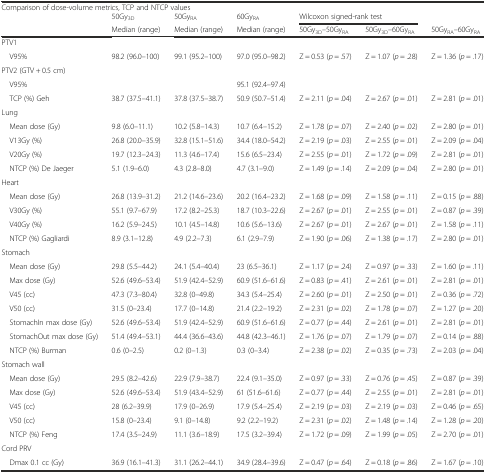
<table><thead><tr><td colspan="7"><b>Comparison of dose-volume metrics, TCP and NTCP values</b></td></tr><tr><td rowspan="2"></td><td><b>50Gy<sub>3D</sub></b></td><td><b>50Gy<sub>RA</sub></b></td><td><b>60Gy<sub>RA</sub></b></td><td colspan="2"><b>Wilcoxon signed-rank test</b></td><td></td></tr><tr><td><b>Median (range)</b></td><td><b>Median (range)</b></td><td><b>Median (range)</b></td><td><b>50Gy<sub>3D</sub>–50Gy<sub>RA</sub></b></td><td><b>50Gy<sub>3D</sub>–60Gy<sub>RA</sub></b></td><td><b>50Gy<sub>RA</sub>–60Gy<sub>RA</sub></b></td></tr></thead><tbody><tr><td>PTV1</td><td></td><td></td><td></td><td></td><td></td><td></td></tr><tr><td> V95%</td><td>98.2 (96.0–100)</td><td>99.1 (95.2–100)</td><td>97.0 (95.0–98.2)</td><td>Z = 0.53 (<i>p</i> = .57)</td><td>Z = 1.07 (<i>p</i> = .28)</td><td>Z = 1.36 (<i>p</i> = .17)</td></tr><tr><td>PTV2 (GTV + 0.5 cm)</td><td></td><td></td><td></td><td></td><td></td><td></td></tr><tr><td> V95%</td><td></td><td></td><td>95.1 (92.4–97.4)</td><td></td><td></td><td></td></tr><tr><td> TCP (%) Geh</td><td>38.7 (37.5–41.1)</td><td>37.8 (37.5–38.7)</td><td>50.9 (50.7–51.4)</td><td>Z = 2.11 (<i>p</i> = .04)</td><td>Z = 2.67 (<i>p</i> = .01)</td><td>Z = 2.81 (<i>p</i> = .01)</td></tr><tr><td>Lung</td><td></td><td></td><td></td><td></td><td></td><td></td></tr><tr><td> Mean dose (Gy)</td><td>9.8 (6.0–11.1)</td><td>10.2 (5.8–14.3)</td><td>10.7 (6.4–15.2)</td><td>Z = 1.78 (<i>p</i> = .07)</td><td>Z = 2.40 (<i>p</i> = .02)</td><td>Z = 2.80 (<i>p</i> = .01)</td></tr><tr><td> V13Gy (%)</td><td>26.8 (20.0–35.9)</td><td>32.8 (15.1–51.6)</td><td>34.4 (18.0–54.2)</td><td>Z = 2.19 (<i>p</i> = .03)</td><td>Z = 2.55 (<i>p</i> = .01)</td><td>Z = 2.09 (<i>p</i> = .04)</td></tr><tr><td> V20Gy (%)</td><td>19.7 (12.3–24.3)</td><td>11.3 (4.6–17.4)</td><td>15.6 (6.5–23.4)</td><td>Z = 2.55 (<i>p</i> = .01)</td><td>Z = 1.72 (<i>p</i> = .09)</td><td>Z = 2.81 (<i>p</i> = .01)</td></tr><tr><td> NTCP (%) De Jaeger</td><td>5.1 (1.9–6.0)</td><td>4.3 (2.8–8.0)</td><td>4.7 (3.1–9.0)</td><td>Z = 1.49 (<i>p</i> = .14)</td><td>Z = 2.09 (<i>p</i> = .04)</td><td>Z = 2.80 (<i>p</i> = .01)</td></tr><tr><td>Heart</td><td></td><td></td><td></td><td></td><td></td><td></td></tr><tr><td> Mean dose (Gy)</td><td>26.8 (13.9–31.2)</td><td>21.2 (14.6–23.6)</td><td>20.2 (16.4–23.2)</td><td>Z = 1.68 (<i>p</i> = .09)</td><td>Z = 1.58 (<i>p</i> = .11)</td><td>Z = 0.15 (<i>p</i> = .88)</td></tr><tr><td> V30Gy (%)</td><td>55.1 (9.7–67.9)</td><td>17.2 (8.2–25.3)</td><td>18.7 (10.3–22.6)</td><td>Z = 2.67 (<i>p</i> = .01)</td><td>Z = 2.55 (<i>p</i> = .01)</td><td>Z = 0.87 (<i>p</i> = .39)</td></tr><tr><td> V40Gy (%)</td><td>16.2 (5.9–24.5)</td><td>10.1 (4.5–14.8)</td><td>10.6 (5.6–13.6)</td><td>Z = 2.67 (<i>p</i> = .01)</td><td>Z = 2.67 (<i>p</i> = .01)</td><td>Z = 1.58 (<i>p</i> = .11)</td></tr><tr><td> NTCP (%) Gagliardi</td><td>8.9 (3.1–12.8)</td><td>4.9 (2.2–7.3)</td><td>6.1 (2.9–7.9)</td><td>Z = 1.90 (<i>p</i> = .06)</td><td>Z = 1.38 (<i>p</i> = .17)</td><td>Z = 2.80 (<i>p</i> = .01)</td></tr><tr><td>Stomach</td><td></td><td></td><td></td><td></td><td></td><td></td></tr><tr><td> Mean dose (Gy)</td><td>29.8 (5.5–44.2)</td><td>24.1 (5.4–40.4)</td><td>23 (6.5–36.1)</td><td>Z = 1.17 (<i>p</i> = .24)</td><td>Z = 0.97 (<i>p</i> = .33)</td><td>Z = 1.60 (<i>p</i> = .11)</td></tr><tr><td> Max dose (Gy)</td><td>52.6 (49.6–53.4)</td><td>51.9 (42.4–52.9)</td><td>60.9 (51.6–61.6)</td><td>Z = 0.83 (<i>p</i> = .41)</td><td>Z = 2.61 (<i>p</i> = .01)</td><td>Z = 2.81 (<i>p</i> = .01)</td></tr><tr><td> V45 (cc)</td><td>47.3 (7.3–80.4)</td><td>32.8 (0–49.8)</td><td>34.3 (5.4–25.4)</td><td>Z = 2.60 (<i>p</i> = .01)</td><td>Z = 2.50 (<i>p</i> = .01)</td><td>Z = 0.36 (<i>p</i> = .72)</td></tr><tr><td> V50 (cc)</td><td>31.5 (0–23.4)</td><td>17.7 (0–14.8)</td><td>21.4 (2.2–19.2)</td><td>Z = 2.31 (<i>p</i> = .02)</td><td>Z = 1.78 (<i>p</i> = .07)</td><td>Z = 1.27 (<i>p</i> = .20)</td></tr><tr><td> StomachIn max dose (Gy)</td><td>52.6 (49.6–53.4)</td><td>51.9 (42.4–52.9)</td><td>60.9 (51.6–61.6)</td><td>Z = 0.77 (<i>p</i> = .44)</td><td>Z = 2.61 (<i>p</i> = .01)</td><td>Z = 2.81 (<i>p</i> = .01)</td></tr><tr><td> StomachOut max dose (Gy)</td><td>51.4 (49.4–53.1)</td><td>44.4 (36.6–43.6)</td><td>44.8 (42.3–46.1)</td><td>Z = 1.76 (<i>p</i> = .07)</td><td>Z = 1.79 (<i>p</i> = .07)</td><td>Z = 0.14 (<i>p</i> = .88)</td></tr><tr><td> NTCP (%) Burman</td><td>0.6 (0–2.5)</td><td>0.2 (0–1.3)</td><td>0.3 (0–3.4)</td><td>Z = 2.38 (<i>p</i> = .02)</td><td>Z = 0.35 (<i>p</i> = .73)</td><td>Z = 2.03 (<i>p</i> = .04)</td></tr><tr><td>Stomach wall</td><td></td><td></td><td></td><td></td><td></td><td></td></tr><tr><td> Mean dose (Gy)</td><td>29.5 (8.2–42.6)</td><td>22.9 (7.9–38.7)</td><td>22.4 (9.1–35.0)</td><td>Z = 0.97 (<i>p</i> = .33)</td><td>Z = 0.76 (<i>p</i> = .45)</td><td>Z = 0.87 (<i>p</i> = .39)</td></tr><tr><td> Max dose (Gy)</td><td>52.6 (49.6–53.4)</td><td>51.9 (43.4–52.9)</td><td>61 (51.6–61.6)</td><td>Z = 0.77 (<i>p</i> = .44)</td><td>Z = 2.55 (<i>p</i> = .01)</td><td>Z = 2.81 (<i>p</i> = .01)</td></tr><tr><td> V45 (cc)</td><td>28 (6.2–39.9)</td><td>17.9 (0–26.9)</td><td>17.9 (5.4–25.4)</td><td>Z = 2.19 (<i>p</i> = .03)</td><td>Z = 2.19 (<i>p</i> = .03)</td><td>Z = 0.46 (<i>p</i> = .65)</td></tr><tr><td> V50 (cc)</td><td>15.8 (0–23.4)</td><td>9.1 (0–14.8)</td><td>9.2 (2.2–19.2)</td><td>Z = 2.31 (<i>p</i> = .02)</td><td>Z = 1.48 (<i>p</i> = .14)</td><td>Z = 1.28 (<i>p</i> = .20)</td></tr><tr><td> NTCP (%) Feng</td><td>17.4 (3.5–24.9)</td><td>11.1 (3.6–18.9)</td><td>17.5 (3.2–39.4)</td><td>Z = 1.72 (<i>p</i> = .09)</td><td>Z = 1.99 (<i>p</i> = .05)</td><td>Z = 2.70 (<i>p</i> = .01)</td></tr><tr><td>Cord PRV</td><td></td><td></td><td></td><td></td><td></td><td></td></tr><tr><td> Dmax 0.1 cc (Gy)</td><td>36.9 (16.1–41.3)</td><td>31.1 (26.2–44.1)</td><td>34.9 (28.4–39.6)</td><td>Z = 0.47 (<i>p</i> = .64)</td><td>Z = 0.18 (<i>p</i> = .86)</td><td>Z = 1.67 (<i>p</i> = .10)</td></tr></tbody></table>